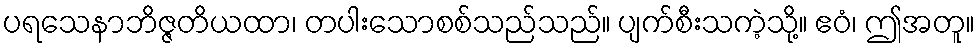
ပရသေနာဘိဇ္ဇတိယထာ၊ တပါးသောစစ်သည်သည်။ ပျက်စီးသကဲ့သို့။ ဧဝံ၊ ဤအတူ။